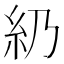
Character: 𥾋